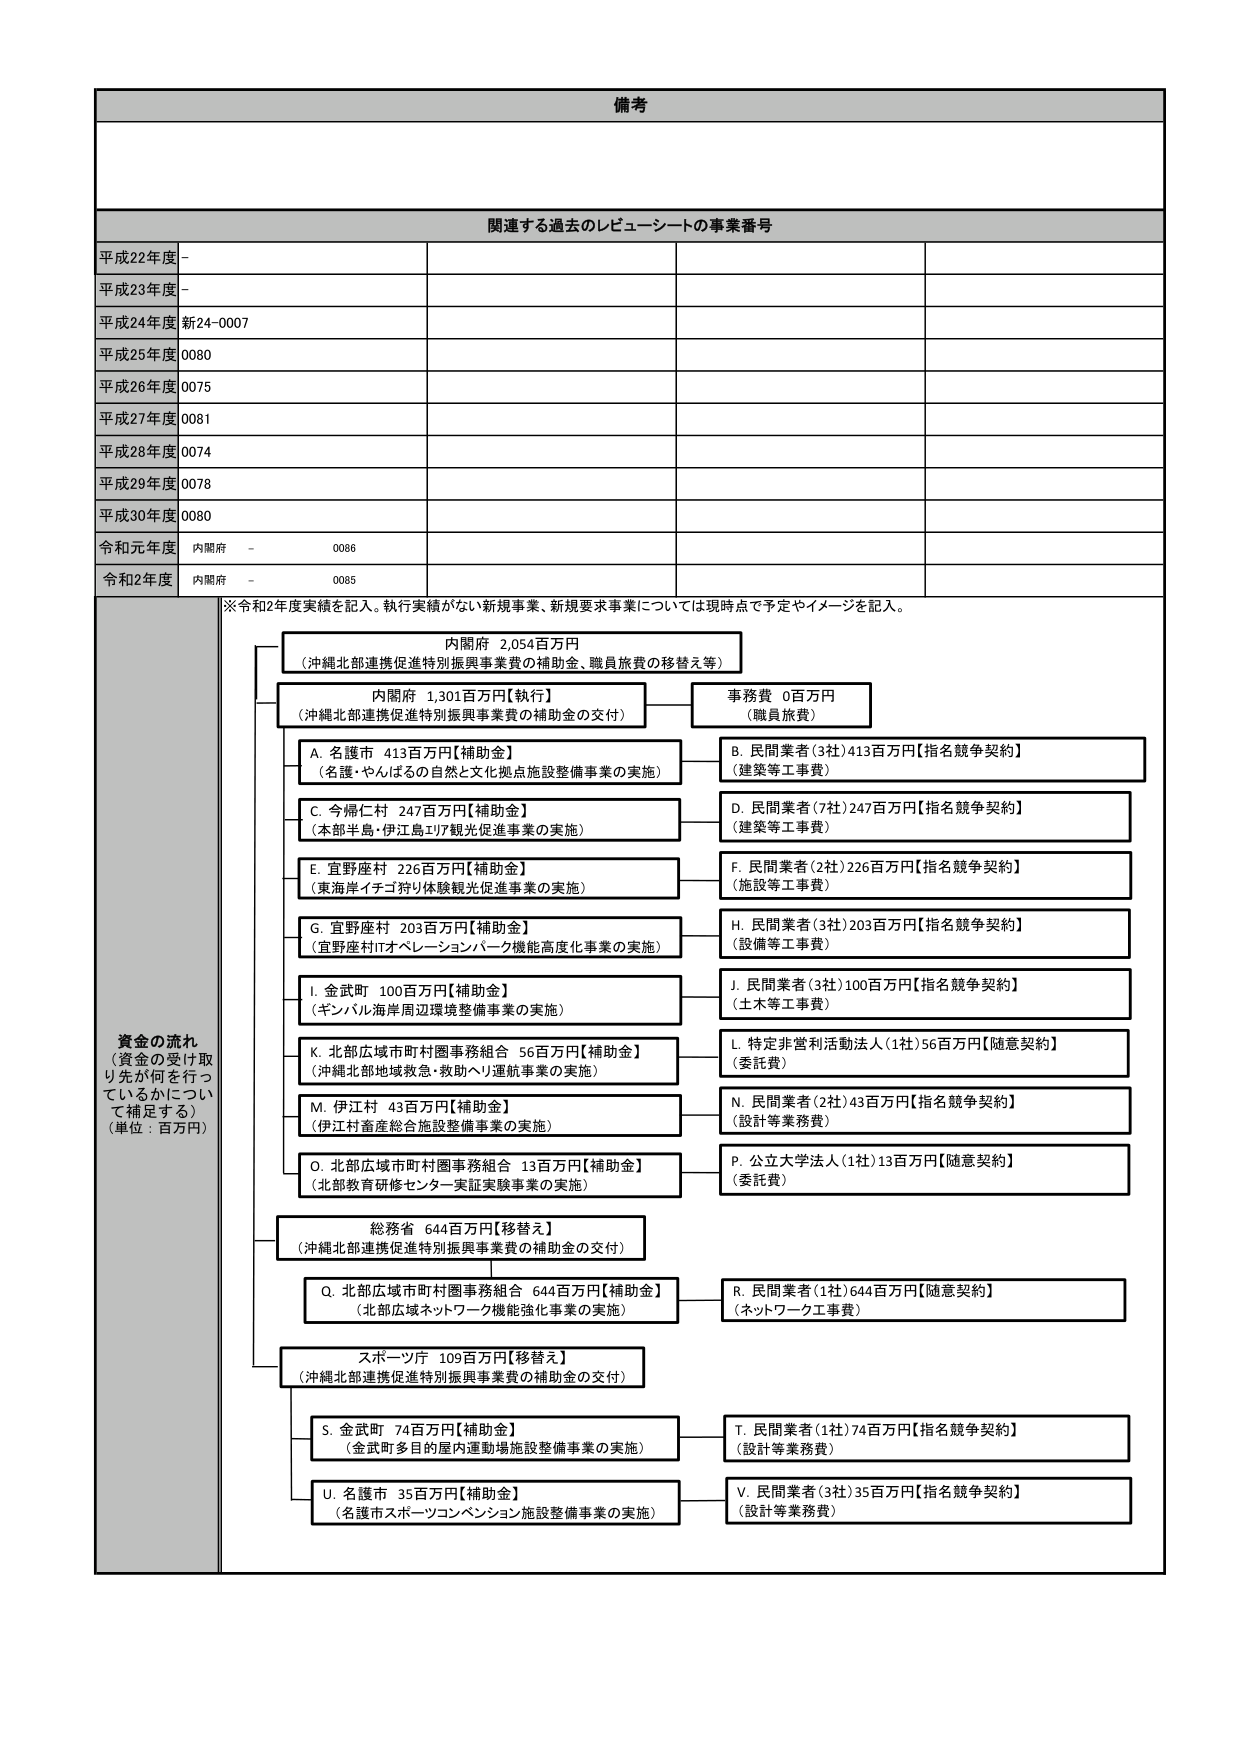
備考

関連する過去のレビューーシートの事業番号

平成22年度 -
平成23年度 -
平成24年度 新24-0007
平成25年度 0080
平成26年度 0075
平成27年度 0081
平成28年度 0074
平成29年度 0078
平成30年度 0080
令和元年度 内閣府 - 0086
令和2年度 内閣府 - 0085

※令和2年度実績を記入。執行実績がない新規事業、新規要求事業については現時点で予定やイメージを記入。

資金の流れ
（資金の受け取り先が何を行っているかについて補足する）
（単位：百万円）

内閣府 2,054百万円
（沖縄北部連携促進特別振興事業費の補助金、職員旅費の移替え等）

内閣府 1,301百万円【執行】
（沖縄北部連携促進特別振興事業費の補助金の交付）

事務費 0百万円
（職員旅費）

A. 名護市 413百万円【補助金】
（名護・やんばるの自然と文化拠点施設整備事業の実施）

B. 民間業者（3社）413百万円【指名競争契約】
（建築等工事費）

C. 今帰仁村 247百万円【補助金】
（本部半島・伊江島エリア観光促進事業の実施）

D. 民間業者（7社）247百万円【指名競争契約】
（建築等工事費）

E. 宜野座村 226百万円【補助金】
（東海岸イチゴ狩り体験観光促進事業の実施）

F. 民間業者（2社）226百万円【指名競争契約】
（施設等工事費）

G. 宜野座村 203百万円【補助金】
（宜野座村ITオペレーションパーク機能高度化事業の実施）

H. 民間業者（3社）203百万円【指名競争契約】
（設備等工事費）

I. 金武町 100百万円【補助金】
（ギンバル海岸周辺環境整備事業の実施）

J. 民間業者（3社）100百万円【指名競争契約】
（土木等工事費）

K. 北部広域市町村圏事務組合 56百万円【補助金】
（沖縄北部地域救急・救助ヘリ運航事業の実施）

L. 特定非営利活動法人（1社）56百万円【随意契約】
（委託費）

M. 伊江村 43百万円【補助金】
（伊江村畜産総合施設整備事業の実施）

N. 民間業者（2社）43百万円【指名競争契約】
（設計等業務費）

O. 北部広域市町村圏事務組合 13百万円【補助金】
（北部教育研修センター実証実験事業の実施）

P. 公立大学法人（1社）13百万円【随意契約】
（委託費）

総務省 644百万円【移替え】
（沖縄北部連携促進特別振興事業費の補助金の交付）

Q. 北部広域市町村圏事務組合 644百万円【補助金】
（北部広域ネットワーク機能強化事業の実施）

R. 民間業者（1社）644百万円【随意契約】
（ネットワーク工事費）

スポーツ庁 109百万円【移替え】
（沖縄北部連携促進特別振興事業費の補助金の交付）

S. 金武町 74百万円【補助金】
（金武町多目的屋内運動場施設整備事業の実施）

T. 民間業者（1社）74百万円【指名競争契約】
（設計等業務費）

U. 名護市 35百万円【補助金】
（名護市スポーツコンベンション施設整備事業の実施）

V. 民間業者（3社）35百万円【指名競争契約】
（設計等業務費）